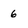
Character: 6